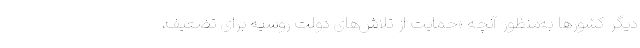
دیگر کشورها به‌منظور آنچه «حمایت از تلاش‌های دولت روسیه برای تضعیف،